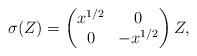
LaTeX: \begin{align*} \sigma(Z)=\begin{pmatrix} x^{1/2} & 0 \\ 0 & -x^{1/2}\end{pmatrix}Z,\end{align*}